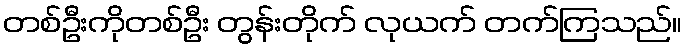
တစ်ဦးကိုတစ်ဦး တွန်းတိုက် လုယက် တက်ကြသည်။